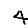
Digit: 4